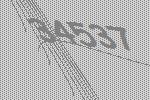
34537